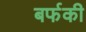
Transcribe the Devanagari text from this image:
बर्फकी